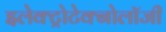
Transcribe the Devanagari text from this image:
इलेक्ट्रोटेक्नोलॉजी